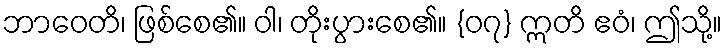
ဘာဝေတိ၊ ဖြစ်စေ၏။ ဝါ၊ တိုးပွားစေ၏။ {၀၇} ဣတိ ဧဝံ၊ ဤသို့။